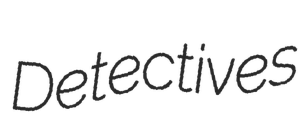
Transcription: Detectives